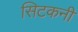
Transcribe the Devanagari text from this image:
सिटकनी